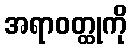
အရာဝတ္ထုကို